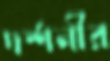
দর্শনীর